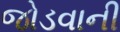
જોડવાની